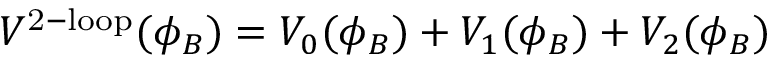
V ^ { \mathrm { 2 - l o o p } } ( \phi _ { B } ) = V _ { 0 } ( \phi _ { B } ) + V _ { 1 } ( \phi _ { B } ) + V _ { 2 } ( \phi _ { B } )